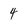
Character: 4